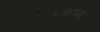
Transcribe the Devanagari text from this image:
संगणकासारख्या